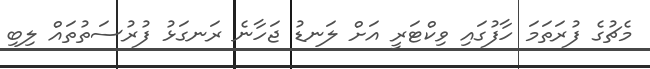
މެޗުގެ ފުރަތަމަ ހާފުގައި ވިކްޓަރީ އަށް ލަނޑު ޖަހާނެ ރަނގަޅު ފުރުސަތުތައް ލިބި